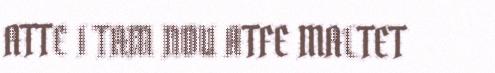
ATTE I TAM NDU ATFE MALTET